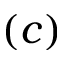
( c )